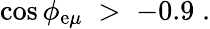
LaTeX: \cos{\phi_{\mathrm{e}\mu}}\; >\; -0.9\; .